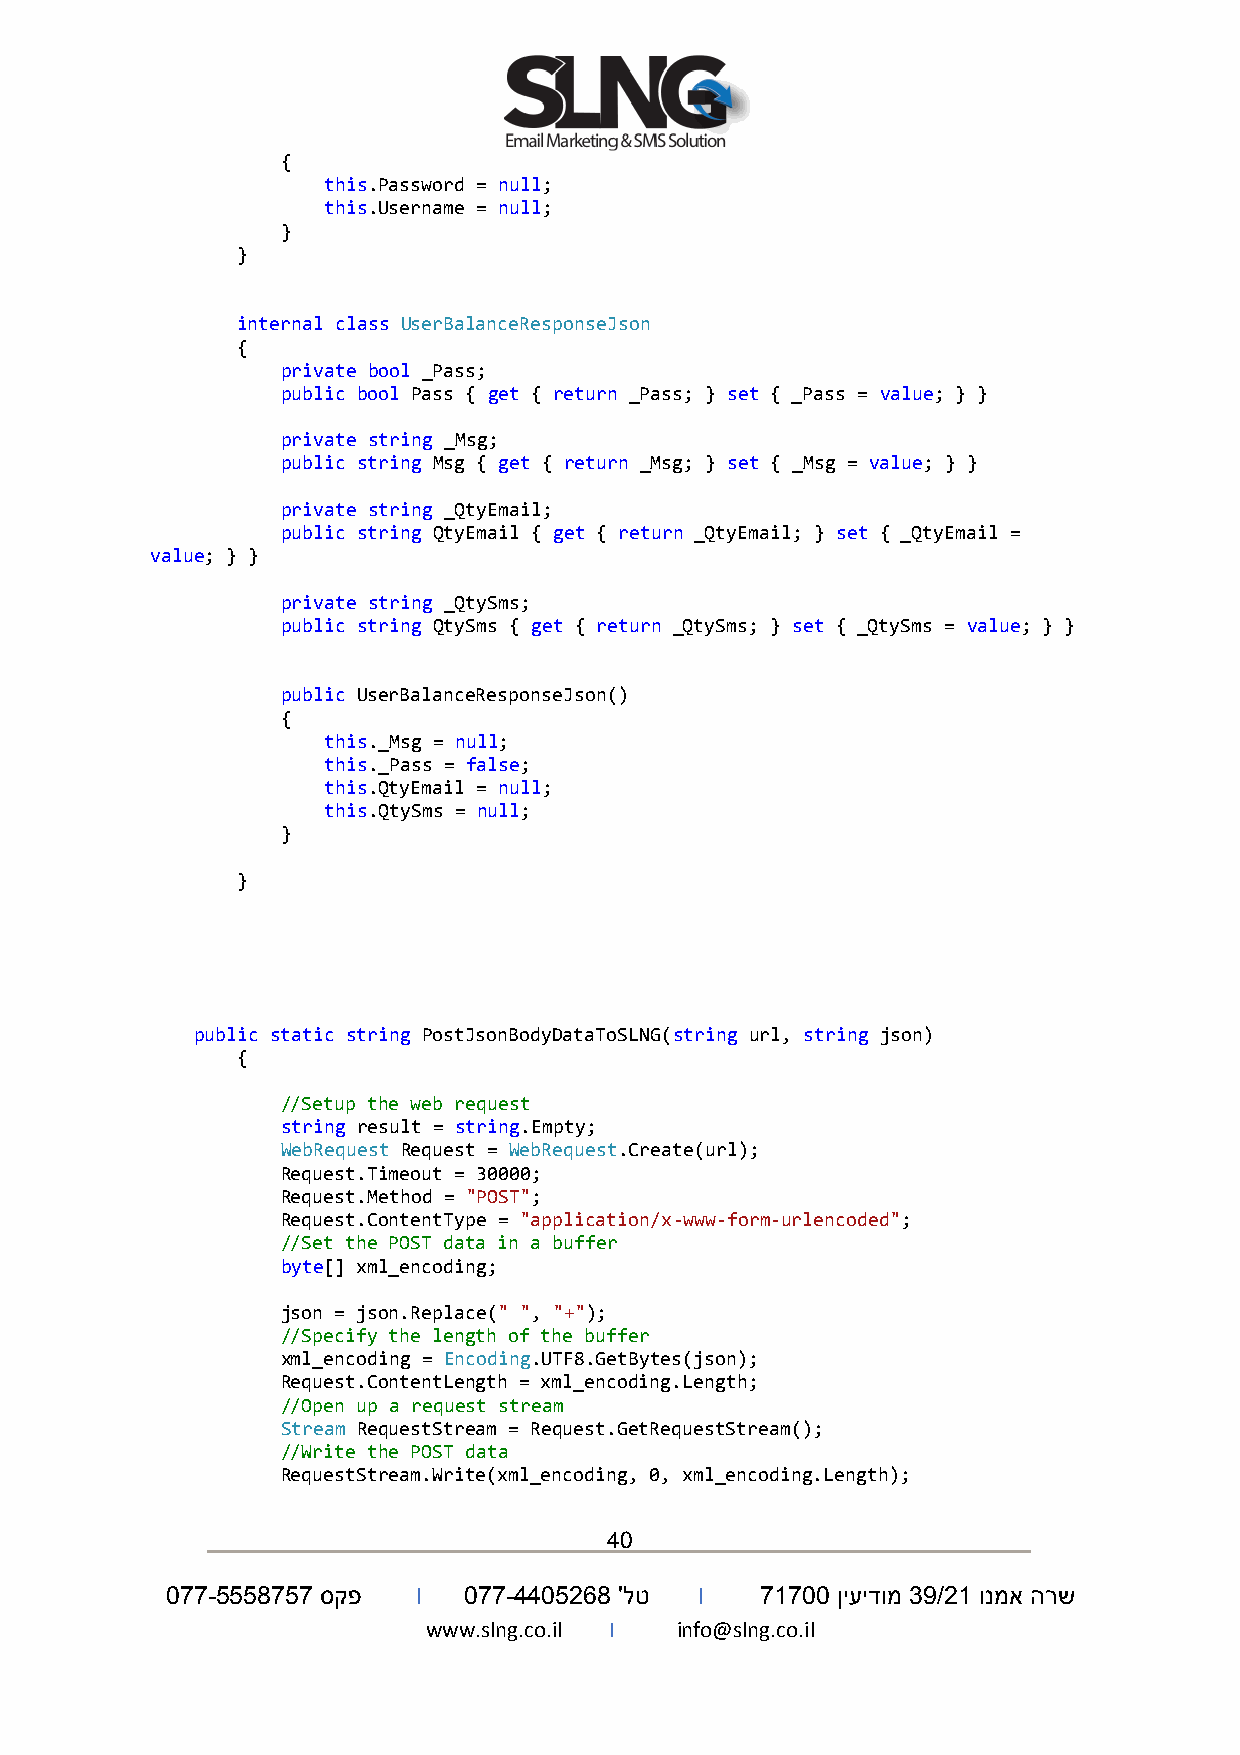
{
 this.Password = null;
 this.Username = null;
 }
 }
 internal class UserBalanceResponseJson
 {
 private bool _Pass;
 public bool Pass { get { return _Pass; } set { _Pass = value; } }
 private string _Msg;
 public string Msg { get { return _Msg; } set { _Msg = value; } }
 private string _QtyEmail;
 public string QtyEmail { get { return _QtyEmail; } set { _QtyEmail =
 value; } }
 private string _QtySms;
 public string QtySms { get { return _QtySms; } set { _QtySms = value; } }
 public UserBalanceResponseJson()
 {
 this._Msg = null;
 this._Pass = false;
 this.QtyEmail = null;
 this.QtySms = null;
 }
 }
 public static string PostJsonBodyDataToSLNG(string url, string json)
 {
 //Setup the web request
 string result = string.Empty;
 WebRequest Request = WebRequest.Create(url);
 Request.Timeout = 30000;
 Request.Method = "POST";
 Request.ContentType = "application/x-www-form-urlencoded";
 //Set the POST data in a buffer
 byte[] xml_encoding;
 json = json.Replace(" ", "+");
 //Specify the length of the buffer
 xml_encoding = Encoding.UTF8.GetBytes(json);
 Request.ContentLength = xml_encoding.Length;
 //Open up a request stream
 Stream RequestStream = Request.GetRequestStream();
 //Write the POST data
 RequestStream.Write(xml_encoding, 0, xml_encoding.Length);
 40
 077-5558757 סקפ  I  077-4405268 'לט I  71700 ןיעידומ 39/21 ונמא הרש
 www.slng.co.il I info@slng.co.il